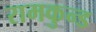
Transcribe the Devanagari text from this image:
रामकुन्ड